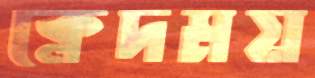
ক্লেদময়